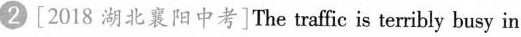
2[2018 湖北襄阳中考]The traffic is terribly busy in